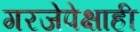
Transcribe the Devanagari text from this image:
गरजेपेक्षाही